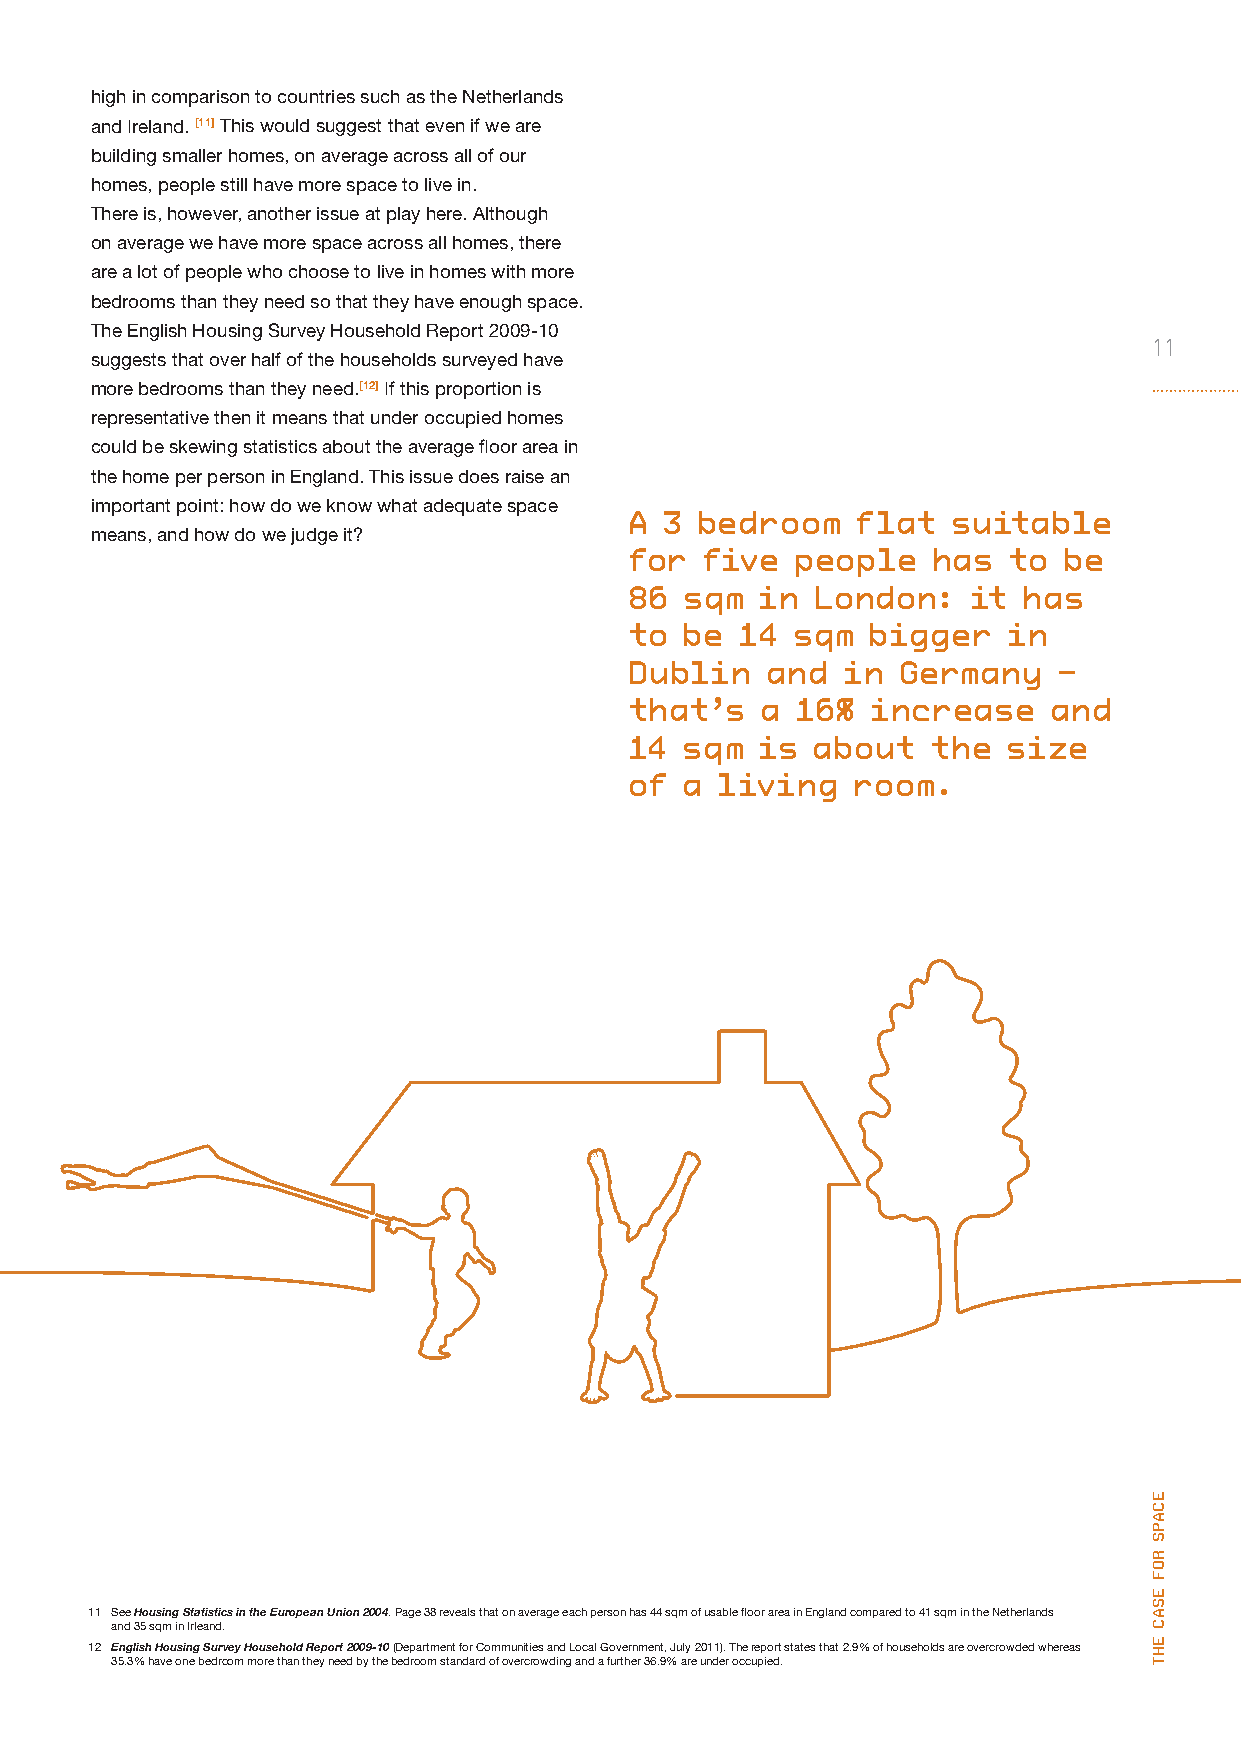
high in comparison to countries such as the Netherlands
 and Ireland. [11] This would suggest that even if we are
 building smaller homes, on average across all of our
 homes, people still have more space to live in.
 There is, however, another issue at play here. Although
 on average we have more space across all homes, there
 are a lot of people who choose to live in homes with more
 bedrooms than they need so that they have enough space.
 The English Housing Survey Household Report 2009-10
 11
 suggests that over half of the households surveyed have
 more bedrooms than they need.[12] If this proportion is
 representative then it means that under occupied homes
 could be skewing statistics about the average floor area in
 the home per person in England. This issue does raise an
 important point: how do we know what adequate space
 a 3 bedroom    flat  suitable
 means, and how do we judge it?
 for  five  people   has  to  be
 86 sqm  in  london:   it  has
 to be  14  sqm  bigger   in
 dublin   and  in  germany   –
 that’s  a  16%  increase    and
 14 sqm  is  about   the  size
 of a  living   room.
 11 See Housing Statistics in the European Union 2004. Page 38 reveals that on average each person has 44 sqm of usable floor area in England compared to 41 sqm in the Netherlands
 and 35 sqm in Irleand.
 12 English Housing Survey Household Report 2009-10 (Department for Communities and Local Government, July 2011). The report states that 2.9% of households are overcrowded whereas
 35.3% have one bedroom more than they need by the bedroom standard of overcrowding and a further 36.9% are under occupied.
 ecaPs
 rof
 esac
 eht